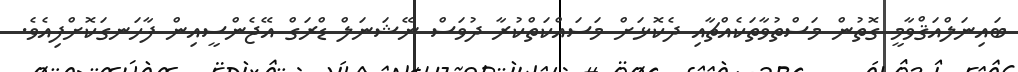
ބައިނަލްއަޤްވާމީ ގޮތުން މަސްތުވާތަކެއްޗާއި ދެކޮޅަށް މަސައްކަތްކުރާ ދުވަސް ނޭޝަނަލް ޑްރަގް އޭޖެންސީއިން ފާހަނގަކޮށްފިއެވެ.